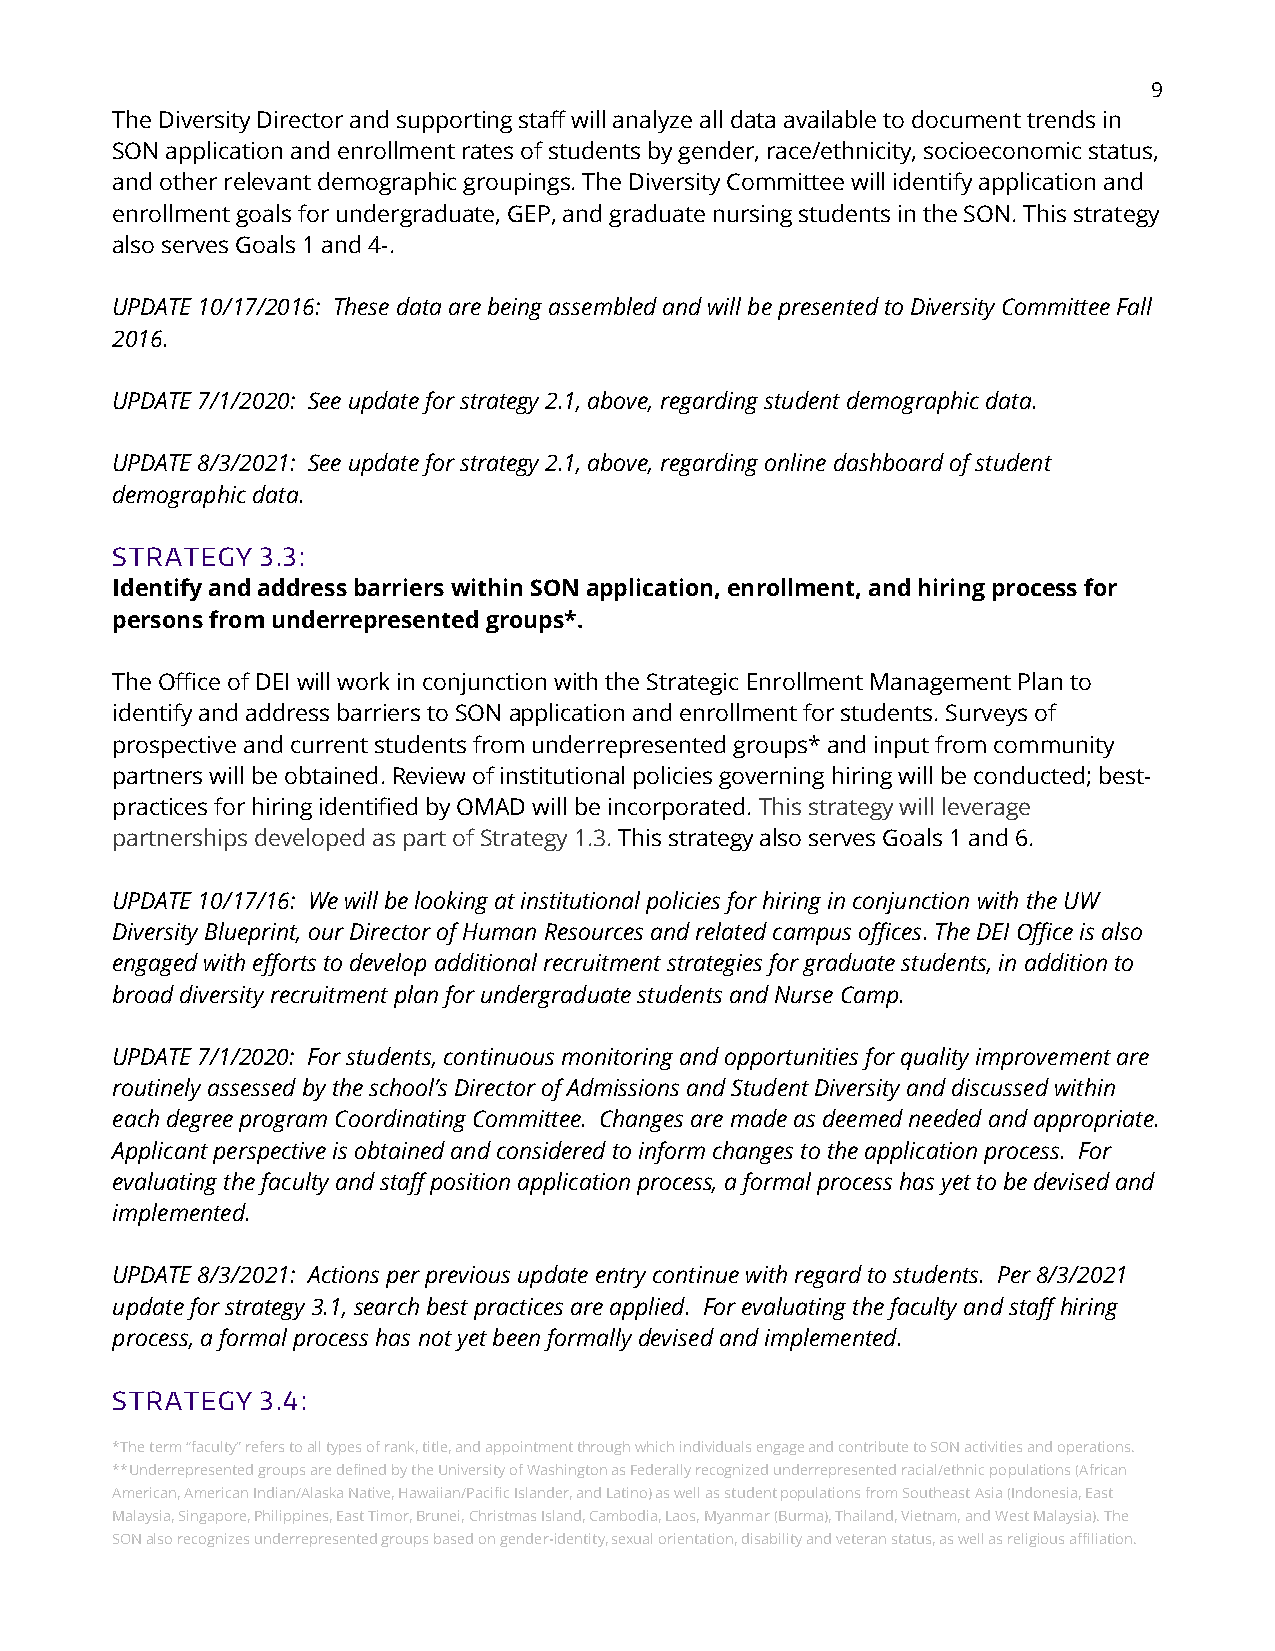
9
 The Diversity Director and supporting staff will analyze all data available to document trends in
 SON application and enrollment rates of students by gender, race/ethnicity, socioeconomic status,
 and other relevant demographic groupings. The Diversity Committee will identify application and
 enrollment goals for undergraduate, GEP, and graduate nursing students in the SON. This strategy
 also serves Goals 1 and 4-.
 UPDATE 10/17/2016: These data are being assembled and will be presented to Diversity Committee Fall
 2016.
 UPDATE 7/1/2020: See update for strategy 2.1, above, regarding student demographic data.
 UPDATE 8/3/2021: See update for strategy 2.1, above, regarding online dashboard of student
 demographic data.
 STRATEGY  3.3:
 Identify and address barriers within SON application, enrollment, and hiring process for
 persons from underrepresented groups*.
 The Office of DEI will work in conjunction with the Strategic Enrollment Management Plan to
 identify and address barriers to SON application and enrollment for students. Surveys of
 prospective and current students from underrepresented groups* and input from community
 partners will be obtained. Review of institutional policies governing hiring will be conducted; best-
 practices for hiring identified by OMAD will be incorporated. This strategy will leverage
 partnerships developed as part of Strategy 1.3. This strategy also serves Goals 1 and 6.
 UPDATE 10/17/16: We will be looking at institutional policies for hiring in conjunction with the UW
 Diversity Blueprint, our Director of Human Resources and related campus offices. The DEI Office is also
 engaged with efforts to develop additional recruitment strategies for graduate students, in addition to
 broad diversity recruitment plan for undergraduate students and Nurse Camp.
 UPDATE 7/1/2020: For students, continuous monitoring and opportunities for quality improvement are
 routinely assessed by the school’s Director of Admissions and Student Diversity and discussed within
 each degree program Coordinating Committee. Changes are made as deemed needed and appropriate.
 Applicant perspective is obtained and considered to inform changes to the application process. For
 evaluating the faculty and staff position application process, a formal process has yet to be devised and
 implemented.
 UPDATE 8/3/2021: Actions per previous update entry continue with regard to students. Per 8/3/2021
 update for strategy 3.1, search best practices are applied. For evaluating the faculty and staff hiring
 process, a formal process has not yet been formally devised and implemented.
 STRATEGY  3.4:
 *The term “faculty” refers to all types of rank, title, and appointment through which individuals engage and contribute to SON activities and operations.
 **Underrepresented groups are defined by the University of Washington as Federally recognized underrepresented racial/ethnic populations (African
 American, American Indian/Alaska Native, Hawaiian/Pacific Islander, and Latino) as well as student populations from Southeast Asia (Indonesia, East
 Malaysia, Singapore, Philippines, East Timor, Brunei, Christmas Island, Cambodia, Laos, Myanmar (Burma), Thailand, Vietnam, and West Malaysia). The
 SON also recognizes underrepresented groups based on gender-identity, sexual orientation, disability and veteran status, as well as religious affiliation.